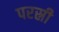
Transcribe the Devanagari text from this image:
परस्री